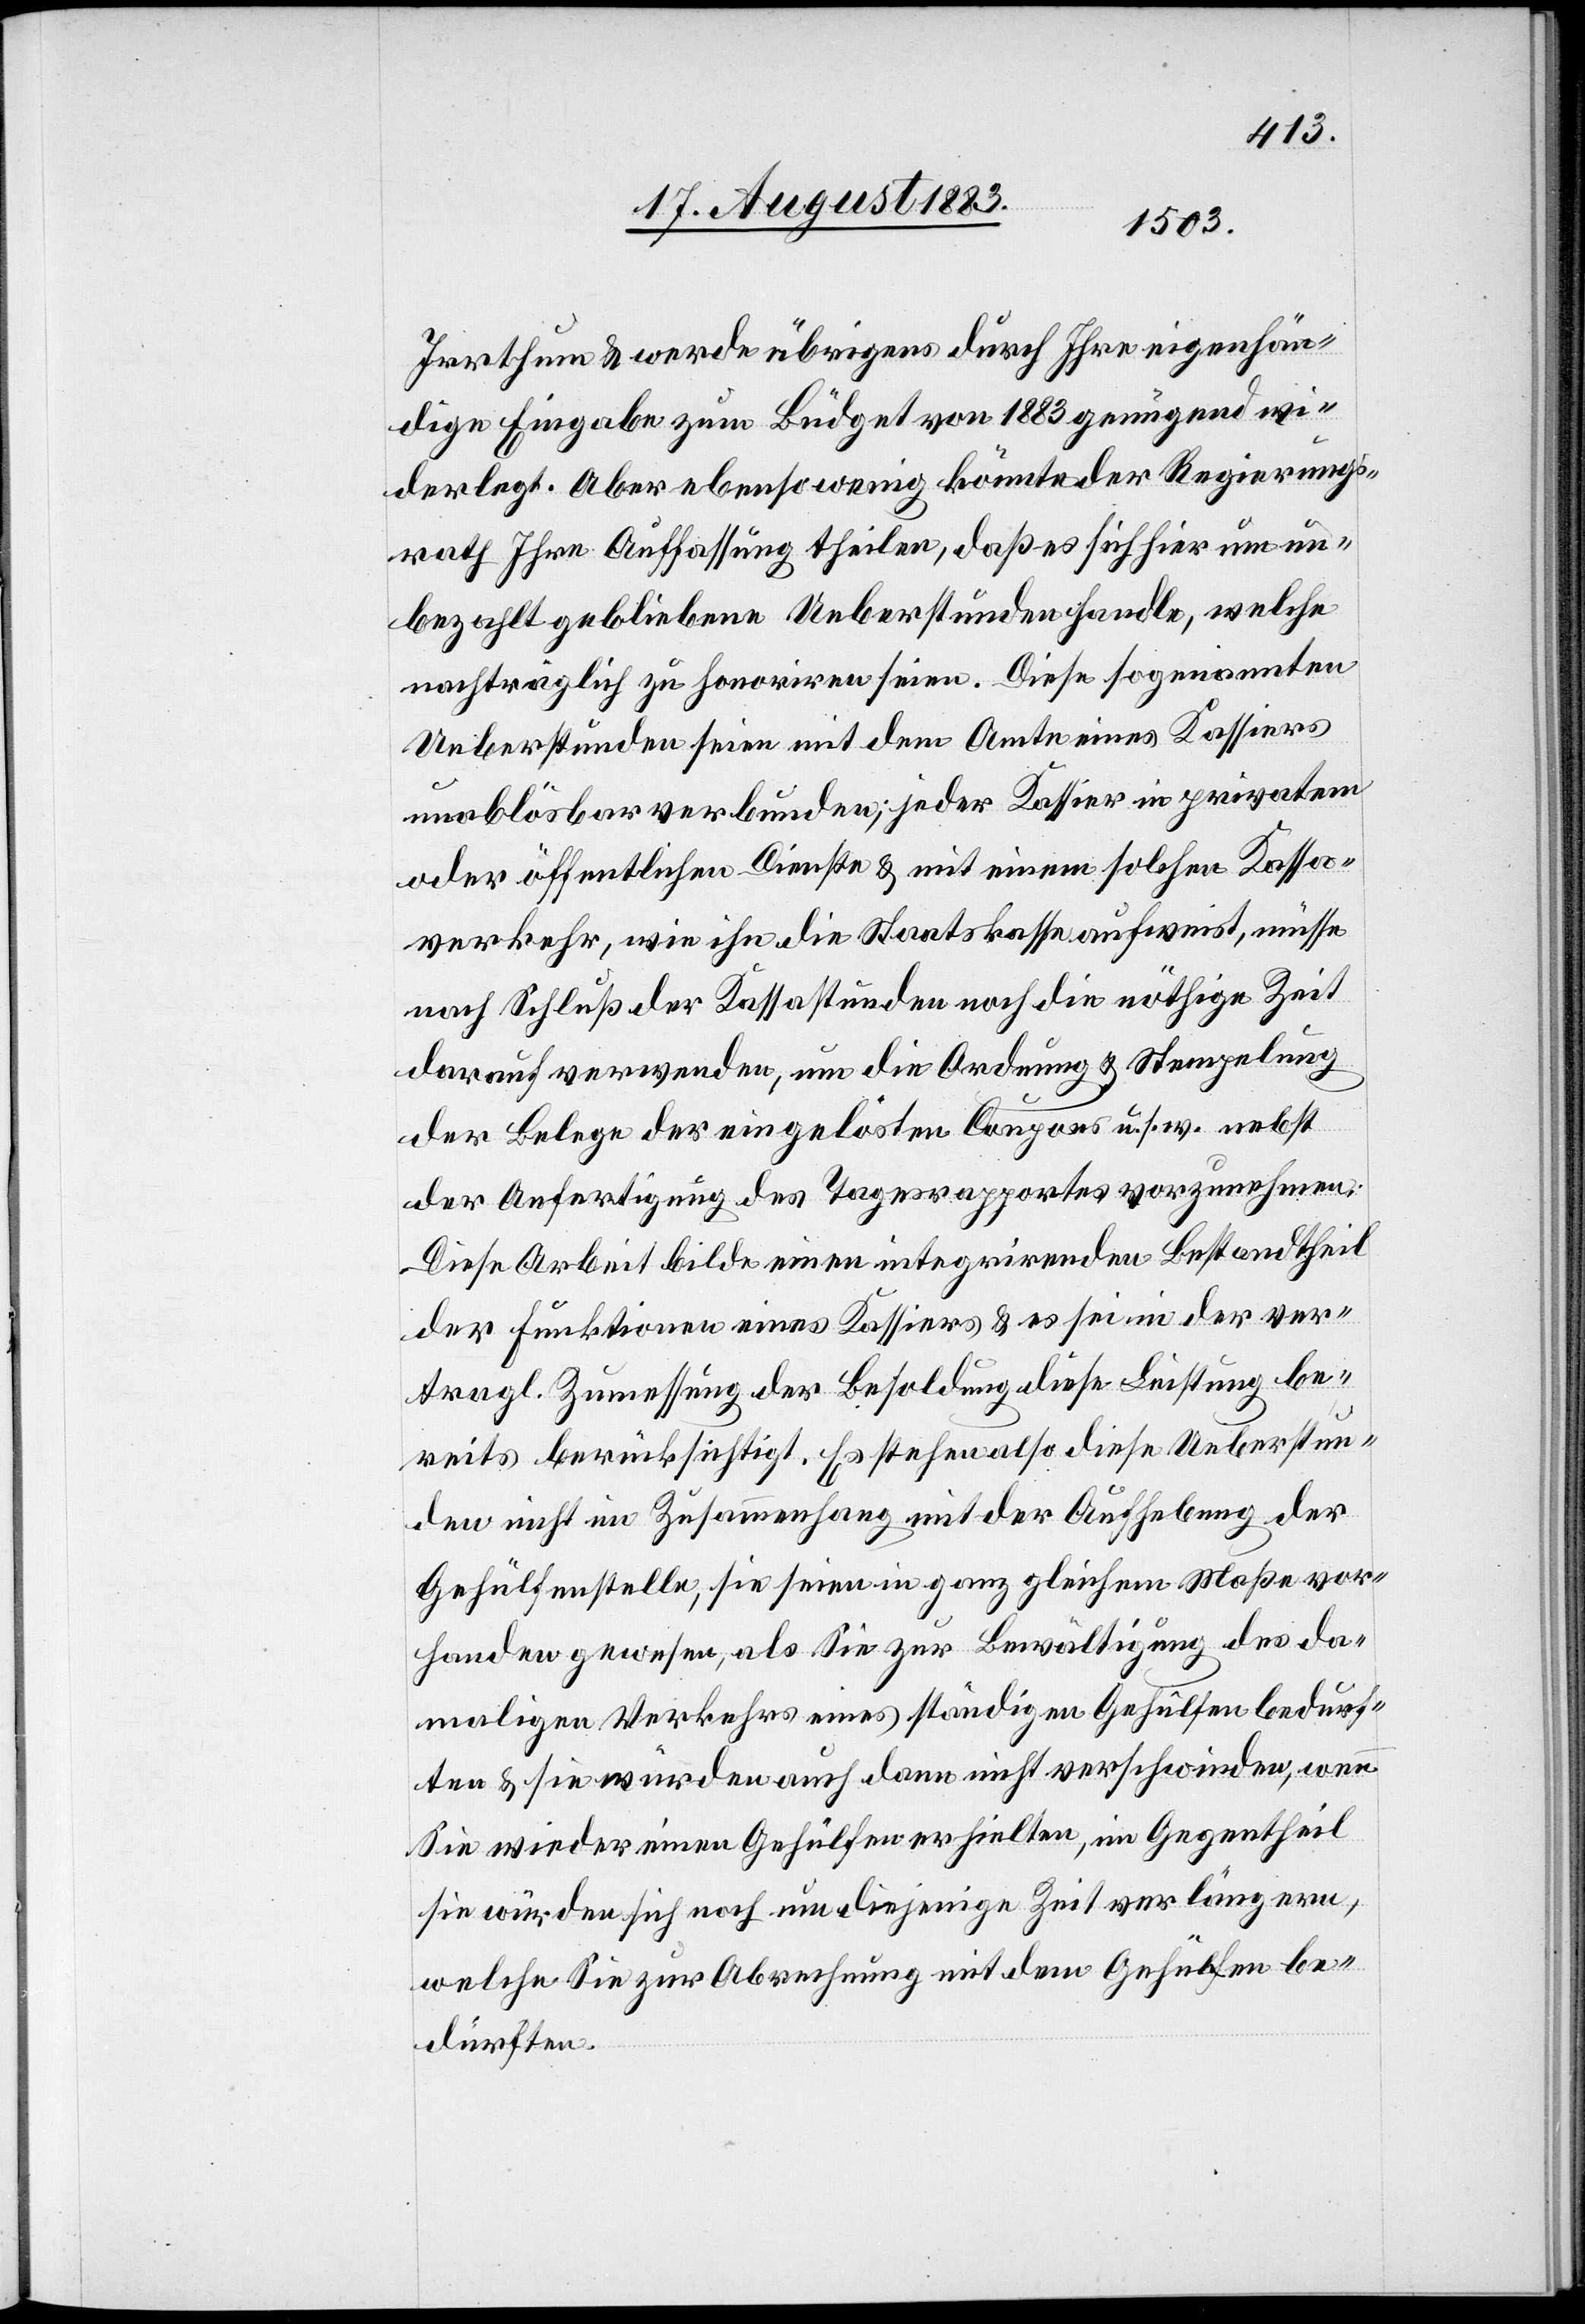
Irrthum & werde übrigens durch Ihre eigenhän¬
dige Eingabe zum Büdget von 1883 genügend wi¬
derlegt. Aber ebenso wenige könnte der Regierungs¬
rath Ihre Auffassung theilen, daß es sich hier um un¬
bezahlt gebliebene Ueberstunden handle, welche
nachträglich zu honoriren seien. Diese sogenannten
Ueberstunden seien mit dem Amte des Kassiers
unablösbar verbunden; jeder Kassier in [recte:
oder öffentlichen Dienste & mit einem solchen Kassa¬
verkehr, wie ihn die Staatskasse aufweist, müsse
nach Schluß der Kassastunden noch die nöthige Zeit
darauf verwenden, um die Ordnung & Stempelung
der Belege[,] der eingelösten Coupons u. s. w. nebst
der Ausfertigung des Tagesrapportes vorzunehmen.
Diese Arbeit bilde einen integrirenden Bestandtheil
der Funktionen eines Kassiers & es sei in der ver¬
tragl. Zumessung der Besoldung diese Leistung be¬
reits berücksichtigt. Es stehen also diese Ueberstun¬
den nicht im Zusammenhang mit der Aufhebung der
Gehülfenstelle, sie seinen in ganz gleichem Maße vor¬
handen gewesen, als Sie zur Bewältigung des da¬
maligen Verkehrs eines ständigen Gehülfen bedurf¬
ten & sie würden auch dann nicht verschwinden, wenn
Sie wieder einen Gehülfen erhielten, im Gegentheil
sie würden sich noch um diejenige Zeit verlängern,
welche Sie zur Abrechnung mit dem Gehülfen be¬
dürfen.